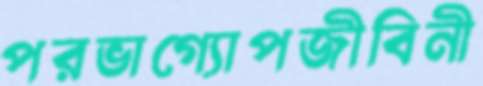
পরভাগ্যোপজীবিনী